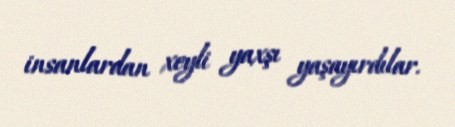
insanlardan xeyli yaxşı yaşayırdılar.